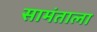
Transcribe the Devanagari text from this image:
सामंताला